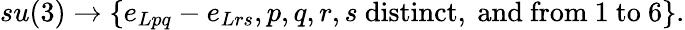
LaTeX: su(3)\rightarrow\{ e_{Lpq}-e_{Lrs},p,q,r,s\mathrm{~distinct,~and~from~}1\mathrm{~to~}6\} .